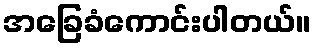
အခြေခံကောင်းပါတယ်။